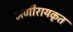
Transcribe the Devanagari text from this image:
अणीरायकृत